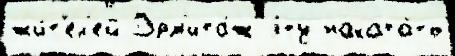
жи́т'ел'ей Эрм'ита́ж э́ту наката́ть